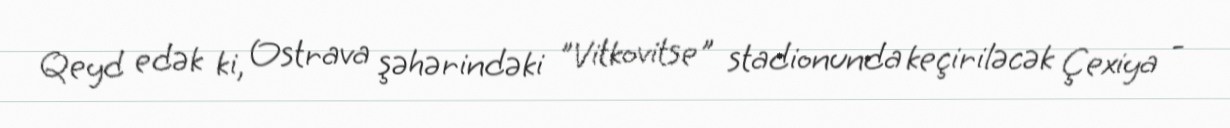
Qeyd edək ki, Ostrava şəhərindəki "Vitkovitse" stadionunda keçiriləcək Çexiya -